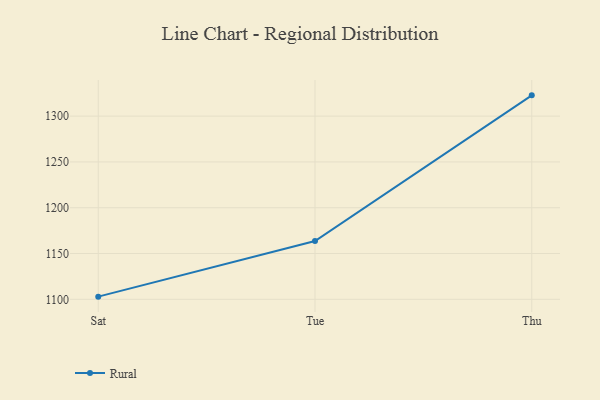
{"axis": {"x": "Day", "y": "Production Output"}, "legend": ["Rural"], "data": [{"x": "Sat", "y": 1102.9, "type": "Rural"}, {"x": "Tue", "y": 1163.6, "type": "Rural"}, {"x": "Thu", "y": 1322.7, "type": "Rural"}]}